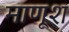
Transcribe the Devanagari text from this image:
माणूश